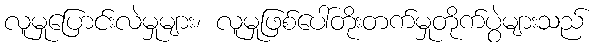
လူမှုပြောင်းလဲမှုများ၊ လူမှုဖြစ်ပေါ်တိုးတက်မှုတိုက်ပွဲများသည်